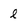
Character: l